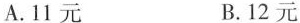
A.11元 B.12元